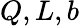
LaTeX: Q,L,b